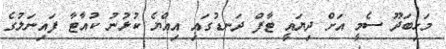
މަހިބަދޫ ސެމީ އަށް ދިޔައީ ޓާފް ދަނޑުގައި އިއްޔެ ކުޅުނު ކުއާޓާ ފައިނަލުގެ